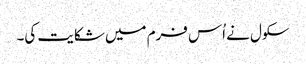
سکول نے اُس فرم میں شکایت کی۔